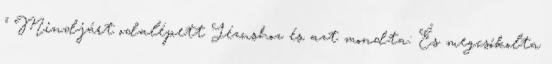
'' Mindjárt odalépett Jézushoz és azt mondta: És megcsókolta